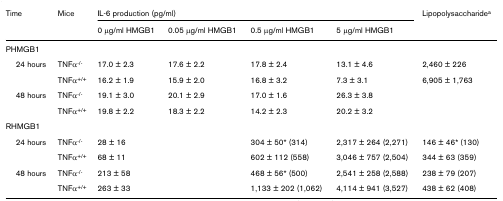
<table><thead><tr><td><b>Time</b></td><td><b>Mice</b></td><td colspan="4"><b>IL-6 production (pg/ml)</b></td><td><b>Lipopolysaccharide<sup>a</sup></b></td></tr><tr><td></td><td></td><td><b>0 μg/ml HMGB1</b></td><td><b>0.05 μg/ml HMGB1</b></td><td><b>0.5 μg/ml HMGB1</b></td><td><b>5 μg/ml HMGB1</b></td><td></td></tr></thead><tbody><tr><td>PHMGB1</td><td></td><td></td><td></td><td></td><td></td><td></td></tr><tr><td> 24 hours</td><td>TNFα<sup>-/-</sup></td><td>17.0 ± 2.3</td><td>17.6 ± 2.2</td><td>17.8 ± 2.4</td><td>13.1 ± 4.6</td><td>2,460 ± 226</td></tr><tr><td></td><td>TNFα<sup>+/+</sup></td><td>16.2 ± 1.9</td><td>15.9 ± 2.0</td><td>16.8 ± 3.2</td><td>7.3 ± 3.1</td><td>6,905 ± 1,763</td></tr><tr><td> 48 hours</td><td>TNFα<sup>-/-</sup></td><td>19.1 ± 3.0</td><td>20.1 ± 2.9</td><td>17.0 ± 1.6</td><td>26.3 ± 3.8</td><td></td></tr><tr><td></td><td>TNFα<sup>+/+</sup></td><td>19.8 ± 2.2</td><td>18.3 ± 2.2</td><td>14.2 ± 2.3</td><td>20.2 ± 3.2</td><td></td></tr><tr><td>RHMGB1</td><td></td><td></td><td></td><td></td><td></td><td></td></tr><tr><td> 24 hours</td><td>TNFα<sup>-/-</sup></td><td>28 ± 16</td><td></td><td>304 ± 50* (314)</td><td>2,317 ± 264 (2,271)</td><td>146 ± 46* (130)</td></tr><tr><td></td><td>TNFα<sup>+/+</sup></td><td>68 ± 11</td><td></td><td>602 ± 112 (558)</td><td>3,046 ± 757 (2,504)</td><td>344 ± 63 (359)</td></tr><tr><td> 48 hours</td><td>TNFα<sup>-/-</sup></td><td>213 ± 58</td><td></td><td>468 ± 56* (500)</td><td>2,541 ± 258 (2,588)</td><td>238 ± 79 (207)</td></tr><tr><td></td><td>TNFα<sup>+/+</sup></td><td>263 ± 33</td><td></td><td>1,133 ± 202 (1,062)</td><td>4,114 ± 941 (3,527)</td><td>438 ± 62 (408)</td></tr></tbody></table>